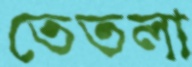
তেতলা